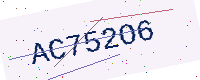
Text: AC752O6